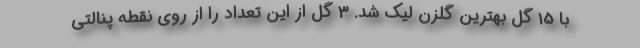
با 15 گل بهترین گلزن لیک شد. 3 گل از این تعداد را از روی نقطه پنالتی